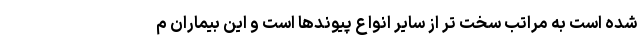
شده است به مراتب سخت تر از سایر انواع پیوندها است و این بیماران م